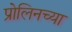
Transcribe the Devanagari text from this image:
प्रोलिनच्या